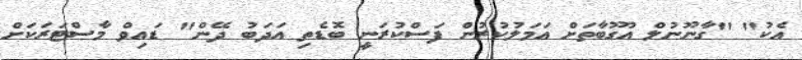
އެކު" "ގާނޫނުލް އުގޫބާތަށް އަމަލުކުރުން ފަސްކުރަނީ ބޮޑެތި އަދަބު ދޭން" ޑައިވް މާސްޓަރަކަށް